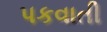
પકવાતી